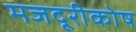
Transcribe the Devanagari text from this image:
मजदूरीकोष